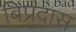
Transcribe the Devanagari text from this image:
बिप्रदास